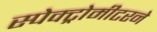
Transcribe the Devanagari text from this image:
स्पेक्ट्रोमीटरने